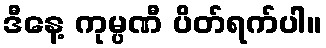
ဒီနေ့ ကုမ္ပဏီ ပိတ်ရက်ပါ။